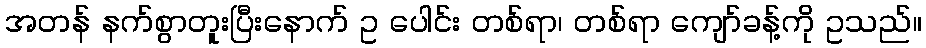
အတန် နက်စွာတူးပြီးနောက် ဥ ပေါင်း တစ်ရာ၊ တစ်ရာ ကျော်ခန့်ကို ဥသည်။